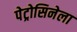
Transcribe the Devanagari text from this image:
पेट्रोसिनेला